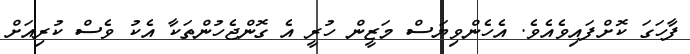
ފާހަގަ ކޮށްފައިވެެެއެވެ. އެހެންވިޔަސް މަޒީން ހުރީ އެ ގޮންޖެހުންތަކާ އެކު ވެސް ކުރިއަށް